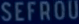
SEFROU